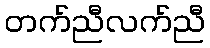
တက်ညီလက်ညီ